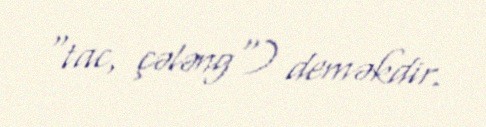
"tac, çələng") deməkdir.